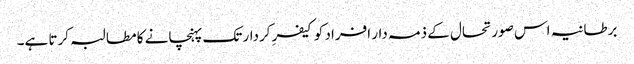
برطانیہ اس صورتحال کے ذمہ دار افراد کو کیفرِ کردار تک پہنچانے کا مطالبہ کرتا ہے۔